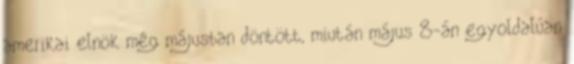
amerikai elnök még májusban döntött, miután május 8-án egyoldalúan